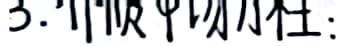
3. 视频中小杜：